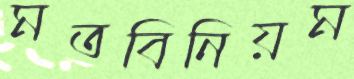
মতবিনিয়ম